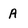
Character: A